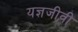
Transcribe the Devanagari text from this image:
यज्ञजीवी